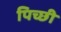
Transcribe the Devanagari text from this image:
पिच्छी